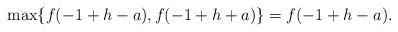
LaTeX: \begin{align*}\max\{ f(-1+h-a),f(-1+h+a)\} = f(-1+h-a). \end{align*}